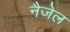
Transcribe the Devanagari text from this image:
नैजेल